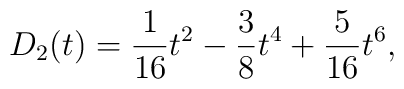
D_{2}(t)={1\over 16}t^{2}-{3\over 8}t^{4}+{5\over 16}t^{6} ,